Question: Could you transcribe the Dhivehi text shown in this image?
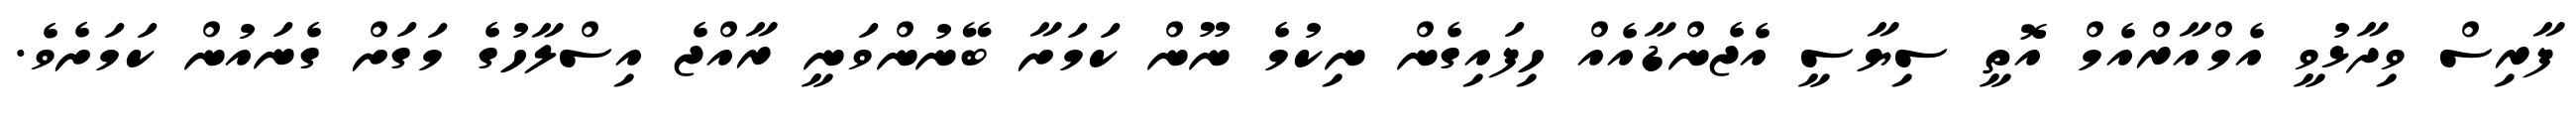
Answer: ފާރިސް ވިދާޅުވީ އެމްއާރްއެމް އޮތީ ސިޔާސީ އެޖެންޑާއެއް ހިފައިގެން ނިކުމެ ނޫން ކަމަށާ ބޭނުންވަނީ ރާއްޖެ އިސްލާހުގެ މަގަށް ގެނައުން ކަމަށެވެ.